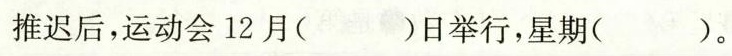
推迟后，运动会12月（）日举行，星期（）。